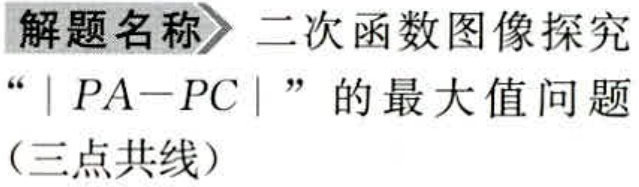
\begin{解题名称} 二次函数图像探究\end{解题名称}
“\(\vert PA - PC\vert\)” 的最大值问题
（三点共线）